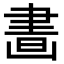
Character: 𦘙